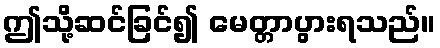
ဤသို့ဆင်ခြင်၍ မေတ္တာပွားရသည်။